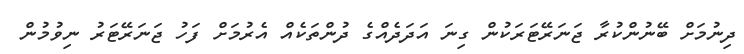
ދިނުމަށް ބޭނުންކުރާ ޖަނަރޭޓަރަކުން ގިނަ އަދަދެއްގެ ދުންތަކެއް އެރުމަށް ފަހު ޖަނަރޭޓަރު ނިވުމުން